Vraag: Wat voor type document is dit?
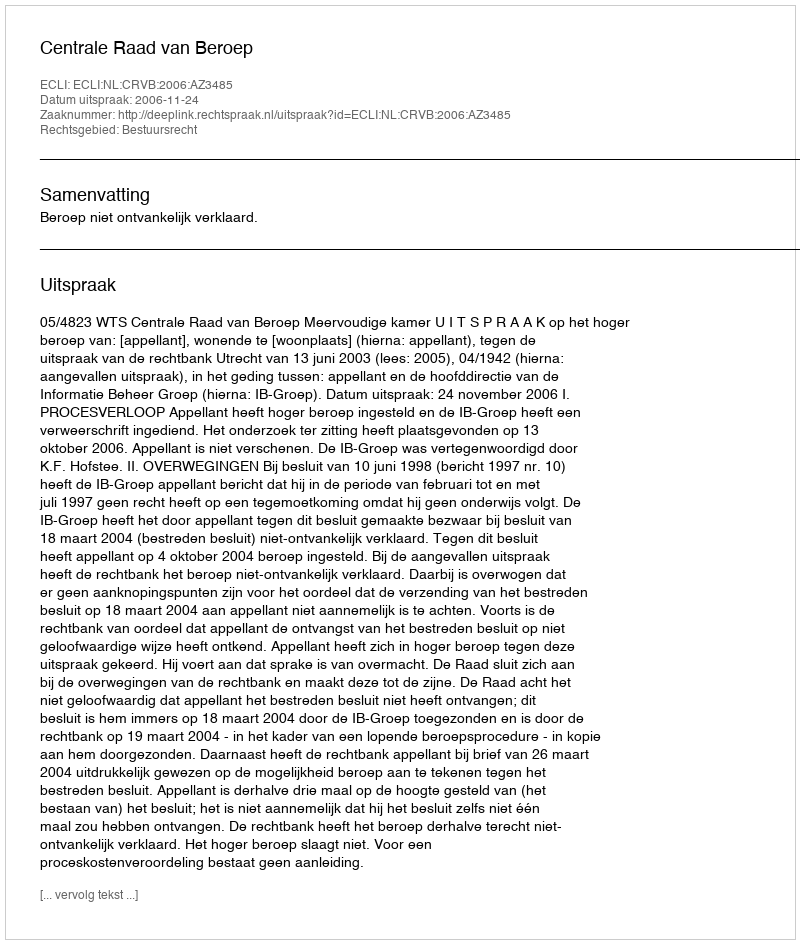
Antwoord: Uitspraak